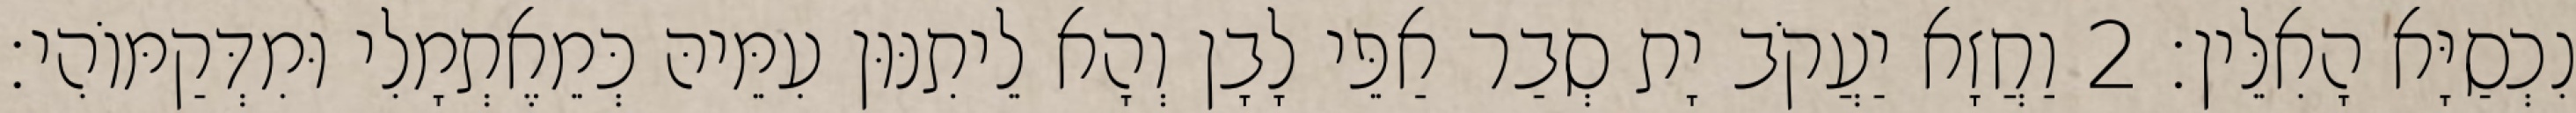
נִכְסַיָּא הָאִלֵּין׃ 2 וַחֲזָא יַעֲקֹב יָת סְבַר אַפֵּי לָבָן וְהָא לֵיתִנּוּן עִמֵּיהּ כְּמֵאֶתְמָלִי וּמִדְּקַמּוֹהִי׃